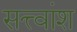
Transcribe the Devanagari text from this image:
सत्त्वांश